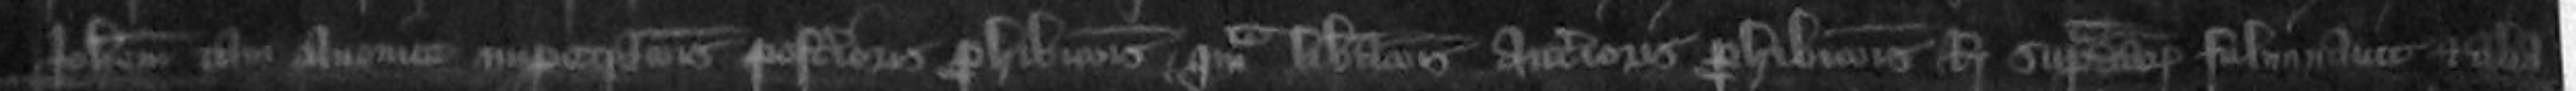
Johannem tam occasione impetrationes posterioris prohibitionis quam librationis anterioris prohibitionis Regis supradictorum fulminavit et alia